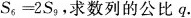
S_{6}=2S_{9}，求数列的公比q。